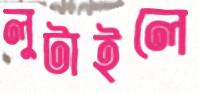
লুটাইলে